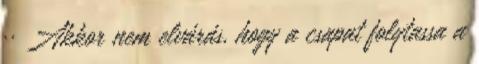
·· Akkor nem elvárás, hogy a csapat folytassa a